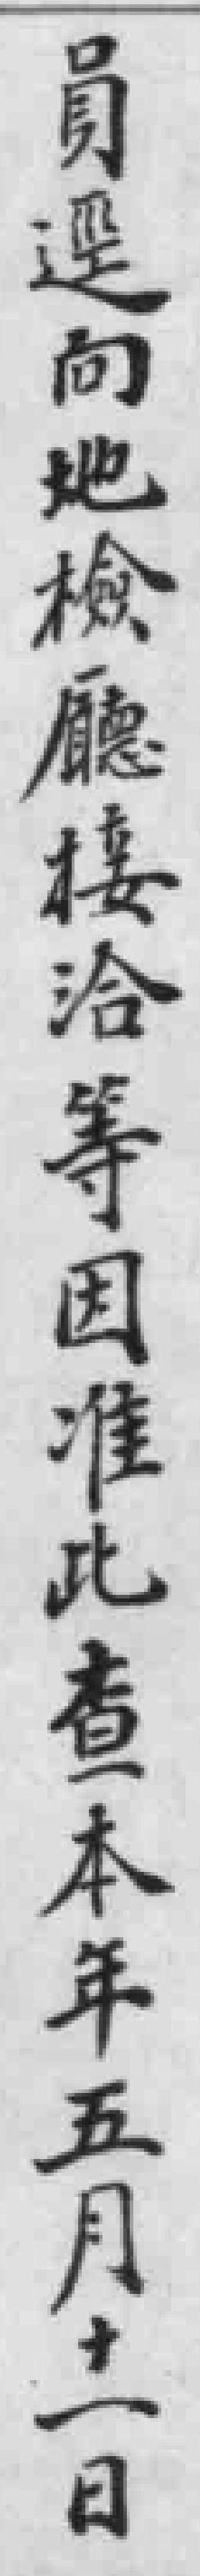
員逕向地檢廳接洽等因准此查本年五月十一日